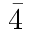
\bar { 4 }